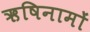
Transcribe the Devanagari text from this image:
ऋषिनामों